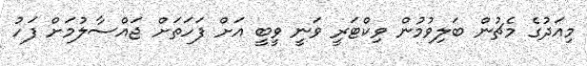
މިއަދުގެ މެޗުން ބަލިވުމުން ވިކްޓަރީ ވަނީ ވީބީ އަށް ފަހަތަށް ޖައްސާލުމަށް ފަހު